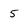
Character: 5